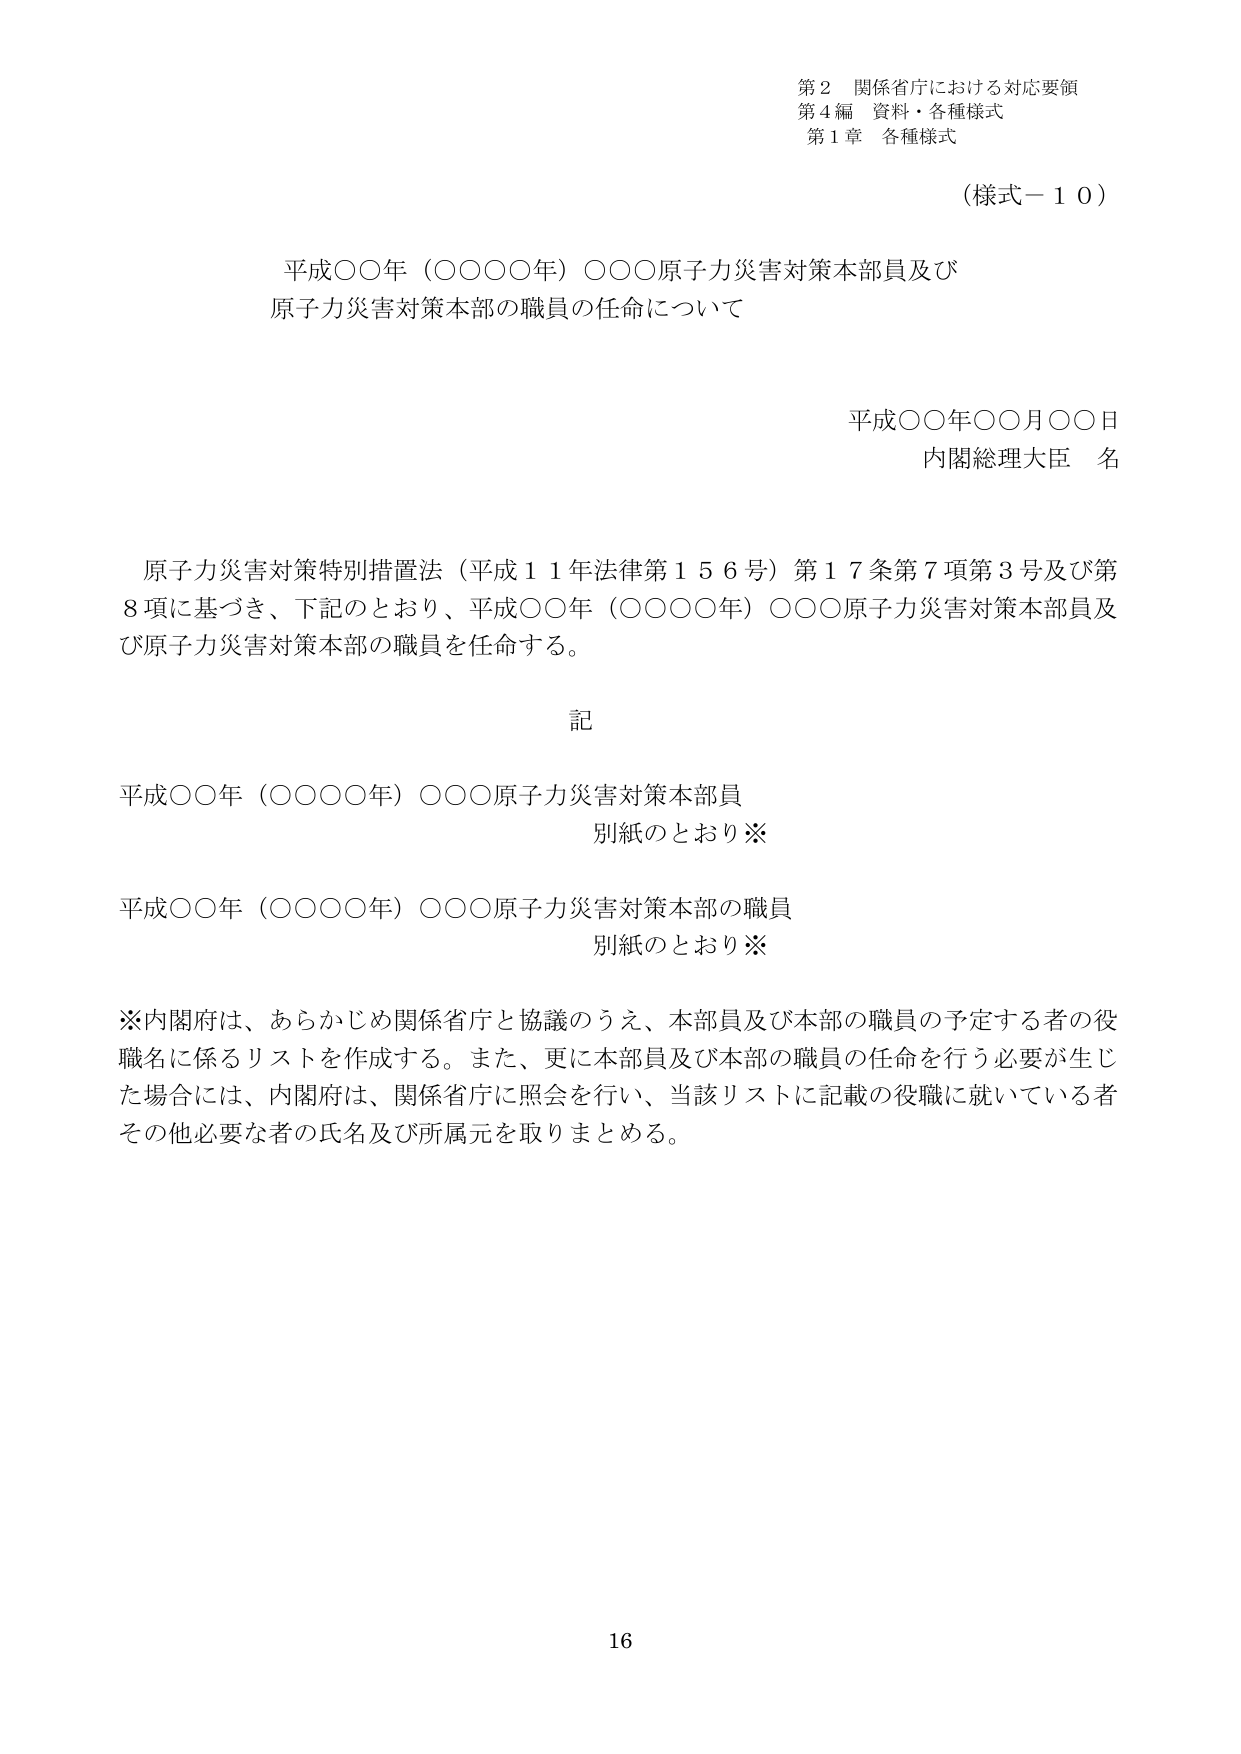
第２ 関係省庁における対応要領
第４編 資料・各種様式
第１章 各種様式

（様式－１０）

平成○○年（○○○○年）○○○原子力災害対策本部員及び
原子力災害対策本部の職員の任命について

平成○○年○○月○○日
内閣総理大臣 名

原子力災害対策特別措置法（平成１１年法律第１５６号）第１７条第７項第３号及び第
８項に基づき、下記のとおり、平成○○年（○○○○年）○○○原子力災害対策本部員及
び原子力災害対策本部の職員を任命する。

記

平成○○年（○○○○年）○○○原子力災害対策本部員
別紙のとおり※

平成○○年（○○○○年）○○○原子力災害対策本部の職員
別紙のとおり※

※内閣府は、あらかじめ関係省庁と協議のうえ、本部員及び本部の職員の予定する者の役
職名に係るリストを作成する。また、更に本部員及び本部の職員の任命を行う必要が生じ
た場合には、内閣府は、関係省庁に照会を行い、当該リストに記載の役職に就いている者
その他必要な者の氏名及び所属元を取りまとめる。

16